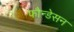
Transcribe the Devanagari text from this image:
फौन्डेसन